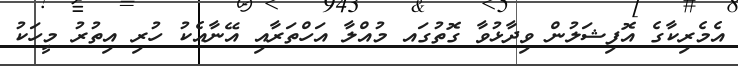
އެމެރިކާގެ އޮފިޝަލުން ވިދާޅުވާ ގޮތުގައ މުއްލާ އަހްތަރާއި އޭނާއެކު ހުރި އިތުރު މީހަކު